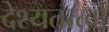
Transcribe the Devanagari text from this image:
देश्यतत्त्वों